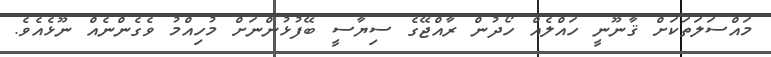
މައްސަލަތަކަށް ޤާނޫނީ ހައްލެއް ހޯދުން ރާއްޖޭގެ ސިޔާސީ ބޭފުޅުންނަށް މުހިއްމު ވެގެންނެއް ނޫޅެއެވެ.